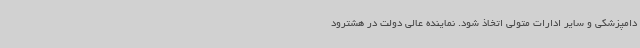
دامپزشکی و سایر ادارات متولی اتخاذ شود. نماینده عالی دولت در هشترود